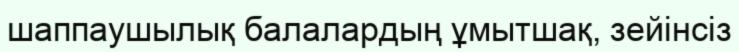
шаппаушылық балалардың ұмытшақ, зейінсіз